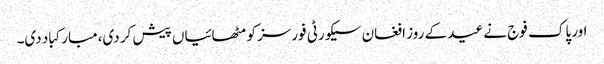
اور پاک فوج نے عید کے روز افغان سیکورٹی فورسز کو مٹھائیاں پیش کر دی،مبارکباد دی۔